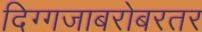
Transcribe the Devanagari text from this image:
दिग्गजाबरोबरतर